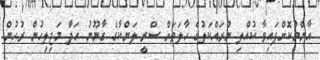
އާންމުކޮށްފައިވާ ކުއްލި ނުރައްކަލުގެ ހާލަތަށް ސްރީ ލަންކާގެ ގާނޫނު ހަދާ މަޖިލިހުން ރުހުން